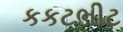
કકટભીટ